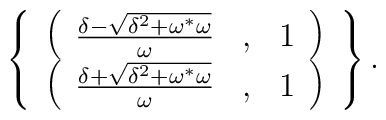
\left\{\begin{array}{c}\left(\begin{array}{clc}\frac{\delta - \sqrt{\delta^2 + \omega^{\ast}\omega}}{\omega}&,&1\end{array}\right)\\\left(\begin{array}{clc}\frac{\delta + \sqrt{\delta^2 +\omega^{\ast}\omega}}{\omega}&,&1\end{array}\right)\\\end{array}\right\}.